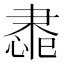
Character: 䏋